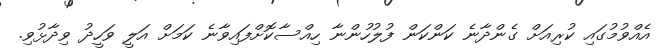
އެއްވުމުގައި ކުރިއަށް ގެންދާނެ ކަންކަން ފުލުހުންނާ ހިއްސާކޮށްފައިވާނެ ކަމަށް އަލީ ވަހީދު ވިދާޅުވި.